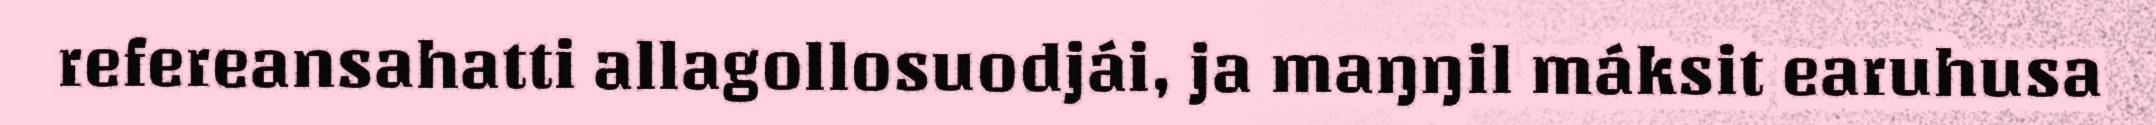
refereansahatti allagollosuodjái, ja maŋŋil máksit earuhusa